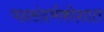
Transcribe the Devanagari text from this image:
पदसंदर्भकोशात